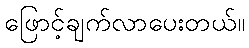
ဖြောင့်ချက်လာပေးတယ်။